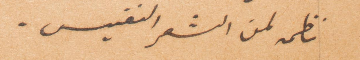
نظمه لمن الشعر النفيس